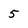
Character: 5